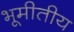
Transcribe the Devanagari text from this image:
भूमीतीय